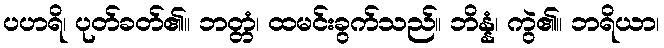
ပဟရိ၊ ပုတ်ခတ်၏။ ဘတ္တံ၊ ထမင်းခွက်သည်။ ဘိန္နံ၊ ကွဲ၏။ ဘရိယာ၊